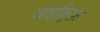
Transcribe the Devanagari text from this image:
वाइक्लिफ़